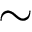
\sim